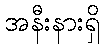
အနီးနားရှိ